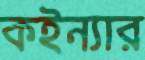
কইন্যার